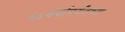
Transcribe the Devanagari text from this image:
१६वर्षापर्यंतच्या